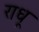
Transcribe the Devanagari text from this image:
राधू